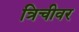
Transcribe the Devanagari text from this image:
त्रिचीवर